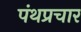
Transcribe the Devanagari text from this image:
पंथप्रचार